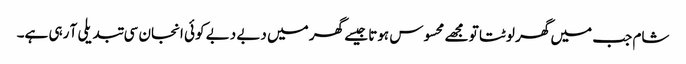
شام جب میں گھر لوٹتا تو مجھے محسوس ہوتا جیسے گھر میں دبے دبے کوئی انجان سی تبدیلی آ رہی ہے۔